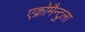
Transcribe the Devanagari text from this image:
एक्रोमैन्टुला